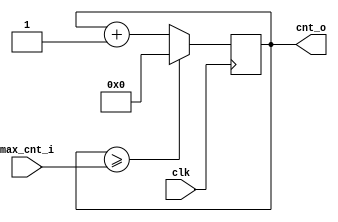
`ifndef _COUNTER_
 `define _COUNTER_

 `timescale 1ns/1ns

module counter(
	       input 	    clk,
	       input [3:0]  max_cnt_i,
	       output reg [3:0] cnt_o
	       );

   initial cnt_o = 0;

   always @(posedge clk) begin
      if (cnt_o >= max_cnt_i) begin
	 cnt_o <= 0;
      end else begin
	 cnt_o <= cnt_o + 1;
      end
   end

endmodule // counter

`endif